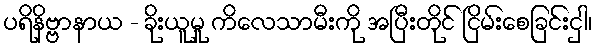
ပရိနိဗ္ဗာနာယ - ခိုးယူမှု ကိလေသာမီးကို အပြီးတိုင် ငြိမ်းစေခြင်းငှါ၊